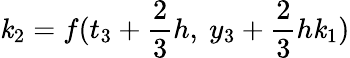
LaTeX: \mathit{k}_{2}=f(t_{3}+{\frac{{2}}{{3}}}h,\ y_{3}+{\frac{{2}}{{3}}}h\mathit{k}_{1})